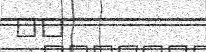
١٩